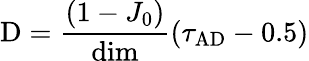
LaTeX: \mathrm{D}=\frac{(1-J_{0})}{\mathrm{dim}}\left(\tau_{\mathrm{AD}}-0.5\right)